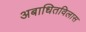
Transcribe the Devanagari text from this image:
अबाधितविलास